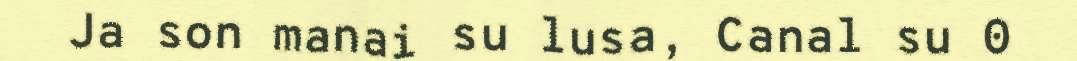
Ja son manai su lusa, Canal su 0